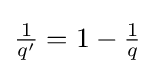
{\tfrac {1}{q'}}=1-{\tfrac {1}{q}}